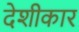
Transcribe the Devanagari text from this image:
देशीकार